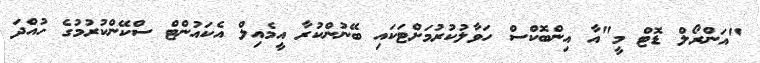
"އަންރޯލް ޑޮޓް މީ"އާ އިންބޮކްސް ހަވާލުކުރުމަށްޓަކައި ބޭނުންކުރާ އީމެއިލް އެކައުންޓް ސްކޭންކުރުމުގެ ހުއްދަ